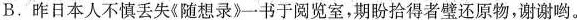
B.昨日本人不慎丢失《随想录》。书于阅览室，期盼拾得者璧还原物，谢谢哟。